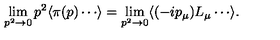
\lim _ { p ^ { 2 } \to 0 } p ^ { 2 } \langle \pi ( p ) \cdots \rangle = \lim _ { p ^ { 2 } \to 0 } \langle ( - i p _ { \mu } ) L _ { \mu } \cdots \rangle .